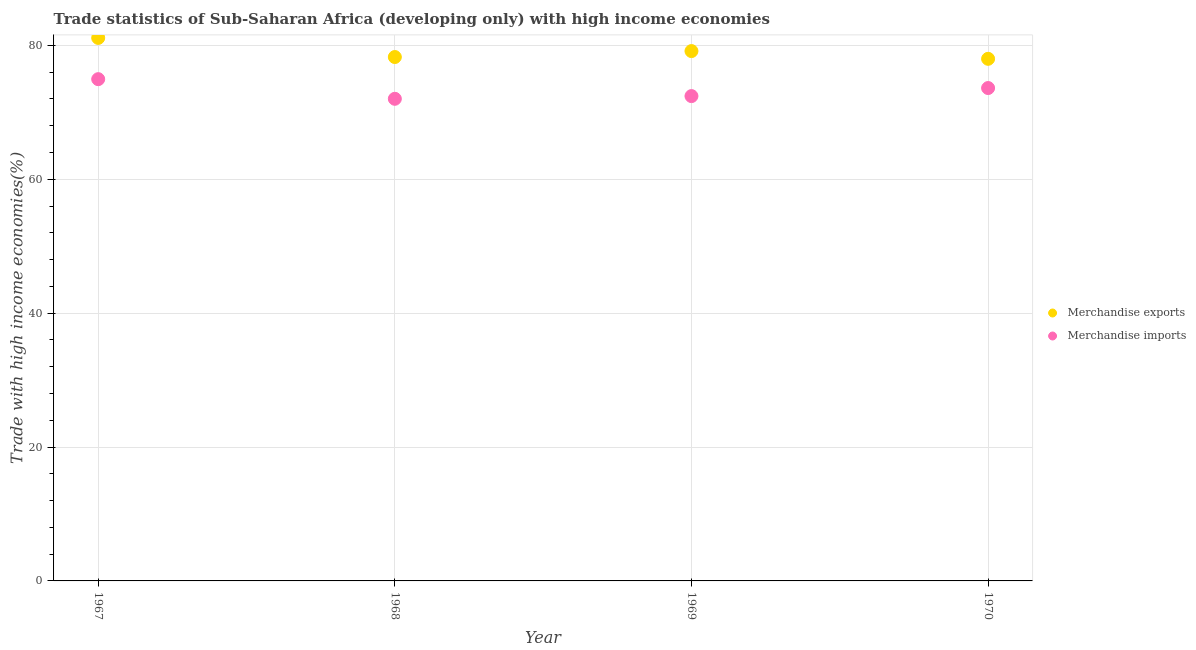
| Year | Merchandise exports | Merchandise imports |
 | --- | --- | --- |
 | 1967 | 81.1 | 75 |
 | 1968 | 78.3 | 72 |
 | 1969 | 79.2 | 72.4 |
 | 1970 | 78 | 73.6 |